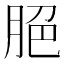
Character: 脃